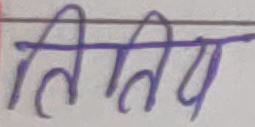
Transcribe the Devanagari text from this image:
द्वितीय